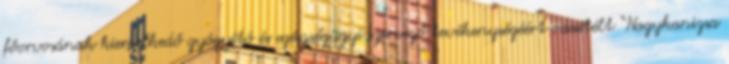
főorvosának kiemelkedő gyógyító és egészségügyi szervező tevékenységéért odaítélt “Nagykanizsa